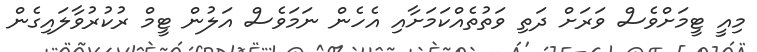
މިއީ ޓީމަށްވެސް ވަރަށް ދަތި ވަތުތެއްކަމަށާއި އެހެން ނަމަވެސް އަލުން ޓީމް ރުކުރުވާލައިގެން